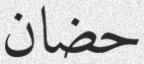
حضان